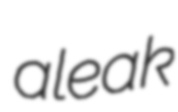
aleak